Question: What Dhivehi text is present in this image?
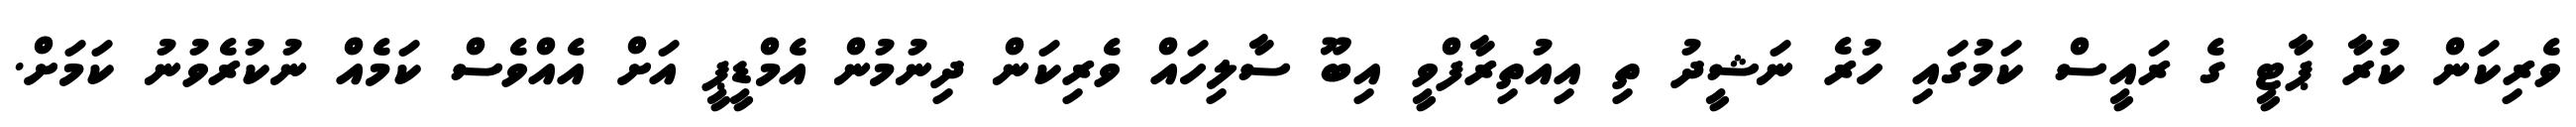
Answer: ވެރިކަން ކުރާ ޕާޓީ ގެ ރައީސް ކަމުގައި ހުރެ ނަޝީދު ތި އިއުތިރާފްވީ އިބޫ ސާލިހައް ވެރިކަން ދިނުމުން އެމްޑީޕީ އަށް އެއްވެސް ކަމެއް ނުކުރެވުނު ކަމަށް.